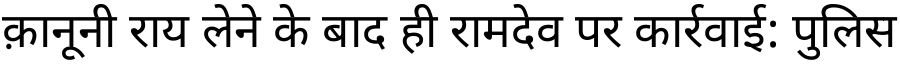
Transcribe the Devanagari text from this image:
क़ानूनी राय लेने के बाद ही रामदेव पर कार्रवाई: पुलिस